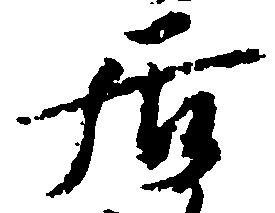
居